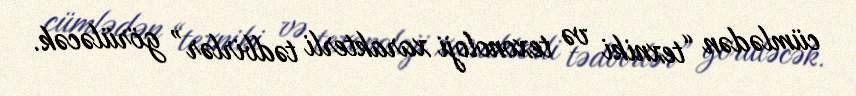
cümlədən “texniki və texonoloji xarakterli tədbirlər” görüləcək.